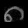
Digit: ၈